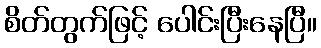
စိတ်တွက်ဖြင့် ပေါင်းပြီးနေပြီ။